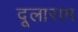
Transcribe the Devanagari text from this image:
दूलाराम